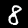
Digit: 8